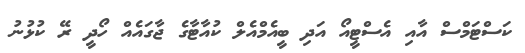
ކަސްޓަމްސް އާއި އެސްޓީއޯ އަދި ބީއެމްއެލް ކުއާޓާގެ ޖާގައެއް ހޯދީ ރޭ ކުޅުނު